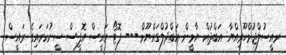
ރއީސުލްޖުމްހޫރިއްޔާ އަބްދުއް ޔާމީން އަބްދުލްގައްޔޫމް --- ފޮޓޯ ރައީސް އޮފީސް ސީނުކަރައިގެ ރައީސް